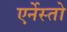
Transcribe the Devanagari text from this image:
एर्नेस्तो